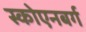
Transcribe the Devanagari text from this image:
स्कोएनबर्ग